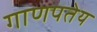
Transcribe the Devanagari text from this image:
गाणपतेय